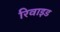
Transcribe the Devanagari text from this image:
रिवाइड